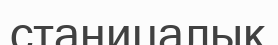
станицалық